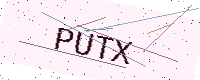
Text: PUTX